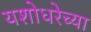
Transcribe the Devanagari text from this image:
यशोधरेच्या